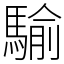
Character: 騟